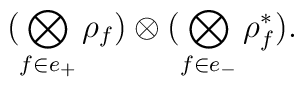
\bigl(\bigotimes_{f\in e_+}\rho_f\bigr)\otimes  \bigl(\bigotimes_{f\in e_-}\rho_f^\ast\bigr).